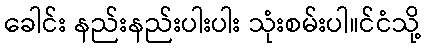
ခေါင်း နည်းနည်းပါးပါး သုံးစမ်းပါ။င်ငံသို့